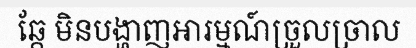
ឆ្កែ មិនបង្ហាញអារម្មណ៍ច្រួលច្រាល